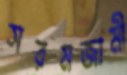
সরমজামী